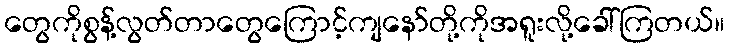
တွေကိုစွန့်လွတ်တာတွေကြောင့်ကျနော်တို့ကိုအရူးလို့ခေါ်ကြတယ်။